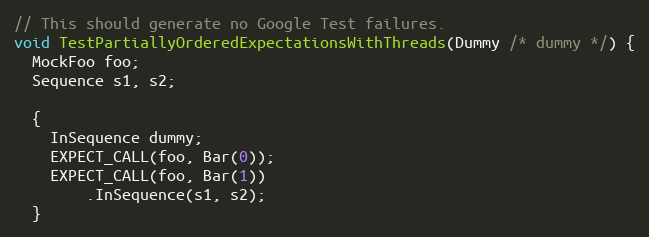
Language: C++
// This should generate no Google Test failures.
void TestPartiallyOrderedExpectationsWithThreads(Dummy /* dummy */) {
  MockFoo foo;
  Sequence s1, s2;

  {
    InSequence dummy;
    EXPECT_CALL(foo, Bar(0));
    EXPECT_CALL(foo, Bar(1))
        .InSequence(s1, s2);
  }